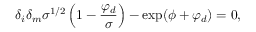
\delta _ { i } \delta _ { m } \sigma ^ { 1 / 2 } \left( 1 - \frac { \varphi _ { d } } { \sigma } \right) - \exp ( \phi + \varphi _ { d } ) = 0 ,